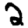
Digit: 2